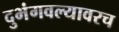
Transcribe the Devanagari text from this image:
दुभंगवल्यावरच